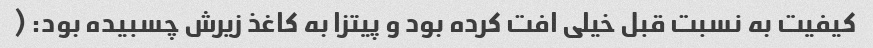
کیفیت به نسبت قبل خیلی افت کرده بود و پیتزا به کاغذ زیرش چسبیده بود: (